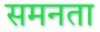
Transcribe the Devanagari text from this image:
समनता